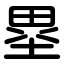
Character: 塁